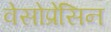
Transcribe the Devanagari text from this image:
वेसोप्रेसिन